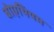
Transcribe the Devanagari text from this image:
बोएथियम